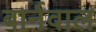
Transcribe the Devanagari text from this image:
बार्नवाल